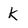
Character: k